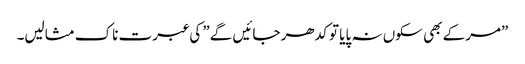
”مرکے بھی سکوں نہ پایا تو کدھر جائیں گے” کی عبرت ناک مثالیں۔